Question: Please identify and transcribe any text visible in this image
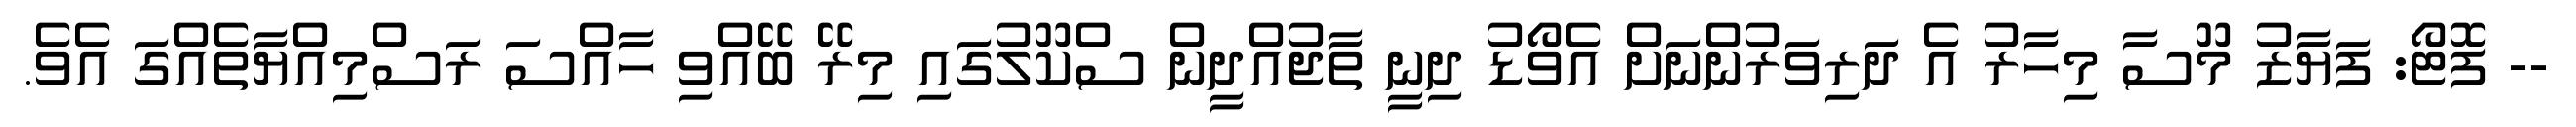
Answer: -- ފޮޓޯ: ފަޔާޒު މޫސާ މިހާރު އެ ދަރިވަރުންނަށް އެވޯޑު ދިނީ ތާޖުއްދީން ސްކޫލުގައި މިރޭ ބޭއްވި ހާއްސަ ރަސްމިއްޔާތެއްގަ އެވެ.